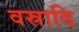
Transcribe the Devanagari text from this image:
वस्रादि